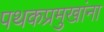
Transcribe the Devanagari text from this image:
पथकप्रमुखांना